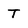
Character: T